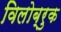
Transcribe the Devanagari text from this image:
विलोब्रुक